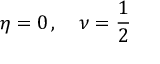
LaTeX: \eta = 0 \, , \quad \nu = { \frac { 1 } { 2 } }